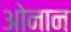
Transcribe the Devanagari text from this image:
ओनान